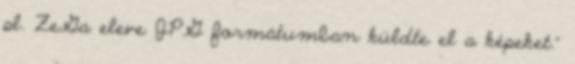
pl. ZeGa eleve JPG formátumban küldte el a képeket."